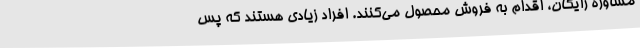
مشاوره رایگان، اقدام به فروش محصول می‌کنند. افراد زیادی هستند که پس